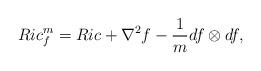
LaTeX: \begin{align*}Ric_{f}^{m}=Ric+\nabla ^2f-\frac{1}{m}df\otimes df,\end{align*}